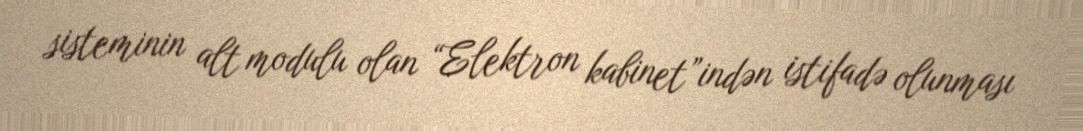
sisteminin alt modulu olan “Elektron kabinet”indən istifadə olunması